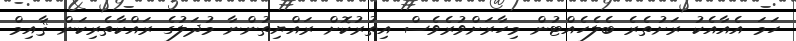
ހަމަ އެއާއެކު ރަށުތެރެ ބެލެހެއްޓުން މިހާރަށްވުރެވެސް އިތުރުކޮށް ރައްޔިތުންނާ މުދަލުގެ ރައްކާތެރިކަން ޤާއިމް